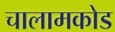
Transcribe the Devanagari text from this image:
चालामकोड